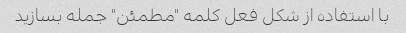
با استفاده از شکل فعل کلمه "مطمئن" جمله بسازید